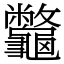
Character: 龞